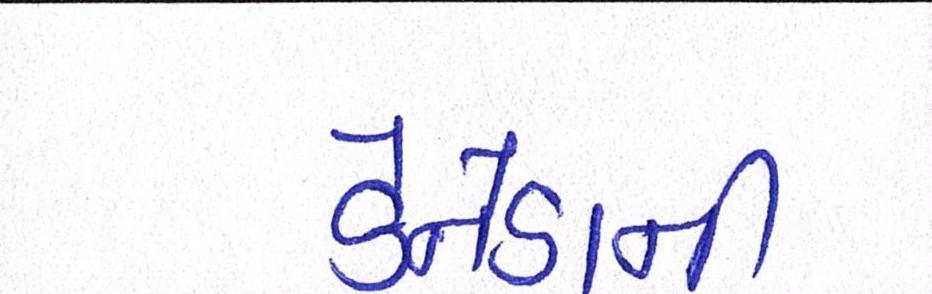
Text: કેનેડાની